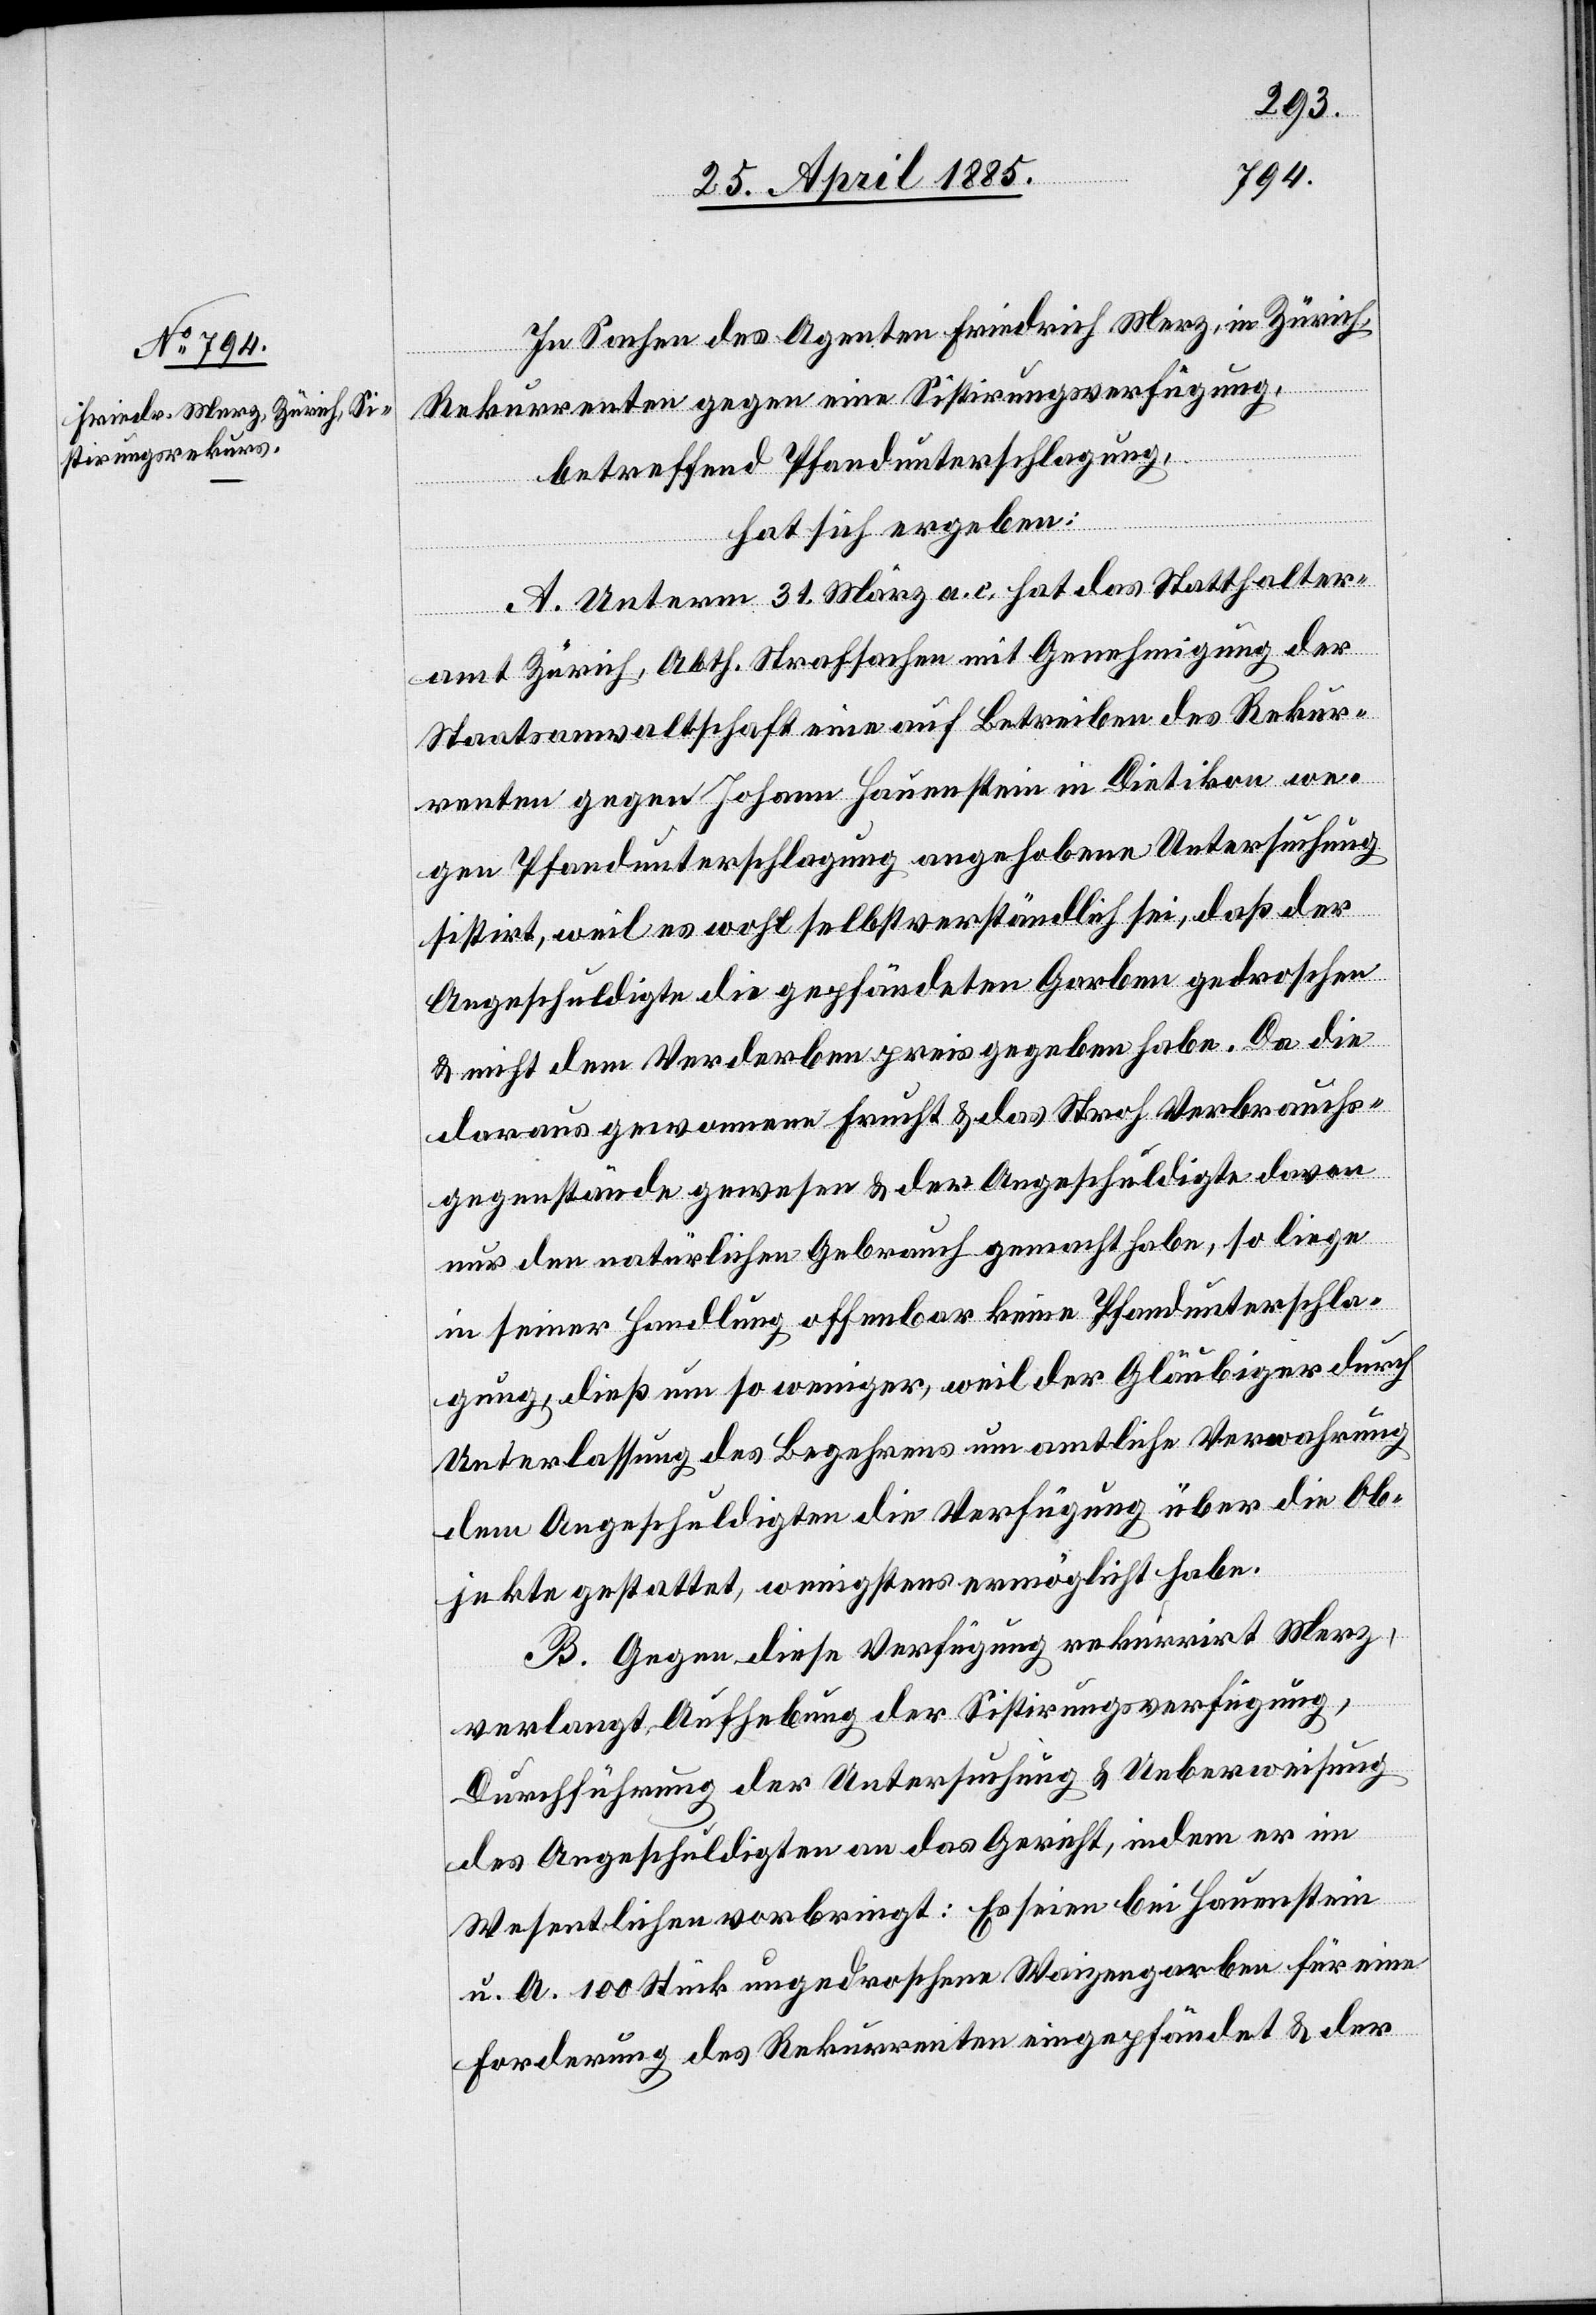
In Sachen des Agenten Friedrich Merz, in Zürich,
Rekurrenten gegen eine Sistirungsverfügung,
betreffend Pfandunterschlagung,
hat sich ergeben:
A. Unterm 31. März a. c. hat das Statthalter¬
amt Zürich, Abth. Strafsachen mit Genehmigung der
Staatsanwaltschaft eine auf Betreiben des Rekur¬
renten gegen Johann Hauenstein in Dietikon we¬
gen Pfandunterschlagung angehobene Untersuchung
sistirt, weil es wohl selbstverständlich sei, daß der
Angeschuldigte die gepfändeten Garben gedroschen
& nicht dem Verderben preisgegeben habe. Da die
daraus gewonnene Frucht & das Stroh Verbrauchs¬
gegenstände gewesen & der Angeschuldigte davon
nur den natürlichen Gebrauch gemacht habe, so liege
in seiner Handlung offenbar keine Pfandunterschla¬
gung, dieß um so weniger, weil der Gläubiger durch
Unterlassung des Begehrens um amtliche Verwahrung
dem Angeschuldigten die Verfügung über die Ob¬
jekte gestattet, wenigstens ermöglicht habe.
B. Gegen diese Verfügung rekurrirt Merz,
verlangt Aufhebung der Sistirungsverfügung,
Durchführung der Untersuchung & Ueberweisung
des Angeschuldigten an das Gericht, indem er im
Wesentlichen vorbringt: Es seien bei Hauenstein
u. A. 100 Stück ungedroschene Weizengarben für eine
Forderung des Rekurrenten eingepfändet & der